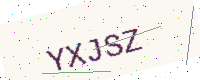
Text: YXJSZ